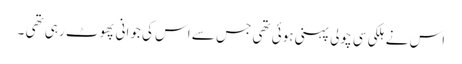
اس نے ہلکی سی چولی پہنی ہوئی تھی جس سے اس کی جوانی پھوٹ رہی تھی ۔